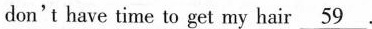
don't have time to get my hair\underline{59} .